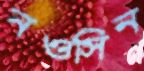
নওসিন